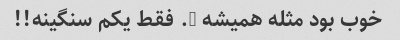
خوب بود مثله همیشه …. فقط یکم سنگینه!!